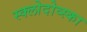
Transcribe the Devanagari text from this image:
स्क्लोदोव्स्का